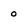
Character: 0